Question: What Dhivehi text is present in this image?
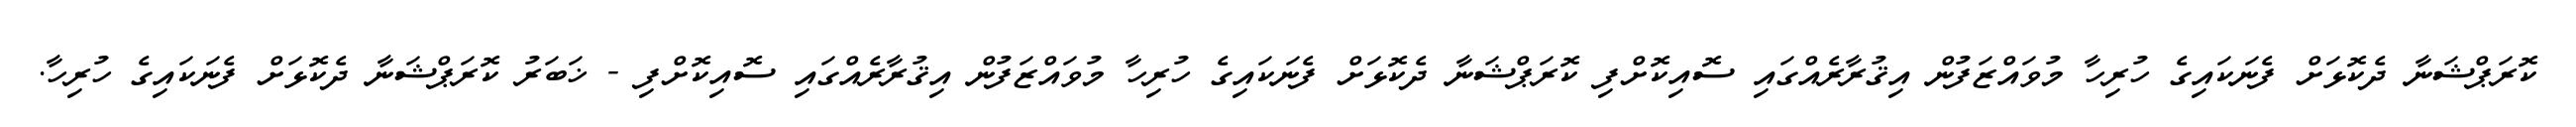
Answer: ކޮރަޕްޝަނާ ދެކޮޅަށް ފެނަކައިގެ ހުރިހާ މުވައްޒަފުން އިޤުރާރެއްގައި ސޮއިކޮށްފި ކޮރަޕްޝަނާ ދެކޮޅަށް ފެނަކައިގެ ހުރިހާ މުވައްޒަފުން އިޤުރާރެއްގައި ސޮއިކޮށްފި - ޚަބަރު ކޮރަޕްޝަނާ ދެކޮޅަށް ފެނަކައިގެ ހުރިހާ.